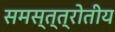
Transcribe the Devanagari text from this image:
समस्त्त्रोतीय